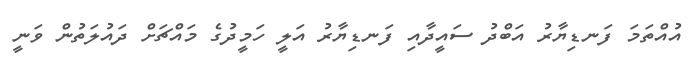
އުއްތަމަ ފަނޑިޔާރު އަބްދު ސައީދާއި ފަނޑިޔާރު އަލީ ހަމީދުގެ މައްޗަށް ދައުލަތުން ވަނީ